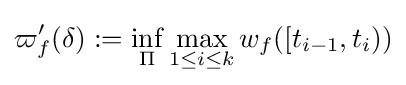
\varpi '_{f}(\delta ):=\inf _{\Pi }\max _{1\leq i\leq k}w_{f}([t_{i-1},t_{i}))